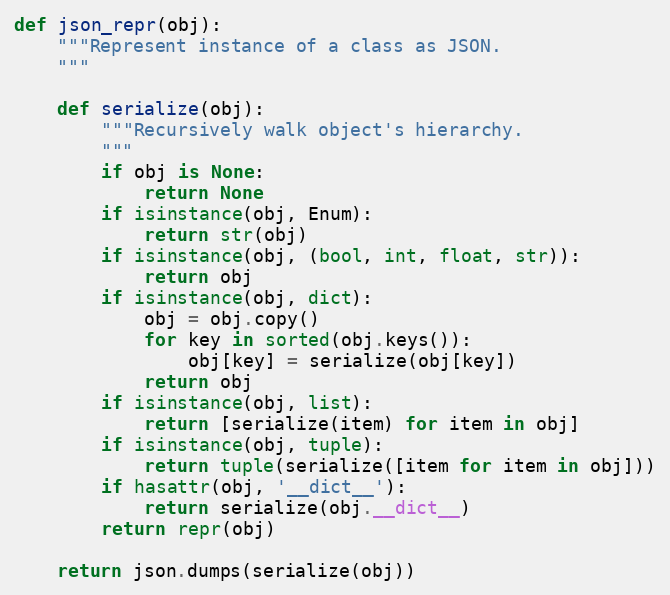
Language: Python
def json_repr(obj):
    """Represent instance of a class as JSON.
    """

    def serialize(obj):
        """Recursively walk object's hierarchy.
        """
        if obj is None:
            return None
        if isinstance(obj, Enum):
            return str(obj)
        if isinstance(obj, (bool, int, float, str)):
            return obj
        if isinstance(obj, dict):
            obj = obj.copy()
            for key in sorted(obj.keys()):
                obj[key] = serialize(obj[key])
            return obj
        if isinstance(obj, list):
            return [serialize(item) for item in obj]
        if isinstance(obj, tuple):
            return tuple(serialize([item for item in obj]))
        if hasattr(obj, '__dict__'):
            return serialize(obj.__dict__)
        return repr(obj)

    return json.dumps(serialize(obj))